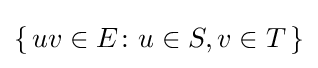
\{\,uv\in E\colon u\in S,v\in T\,\}